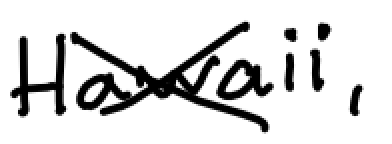
Text: Hawaii,
Cross-out: cross
Writing tool: digital_black